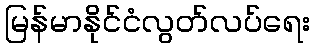
မြန်မာနိုင်ငံလွတ်လပ်ရေး